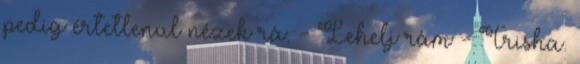
pedig értetlenül nézek rá. - Lehelj rám - Trisha.